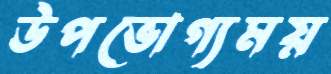
উপভোগ্যময়